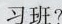
习班?